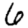
Digit: 6